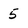
Character: 5